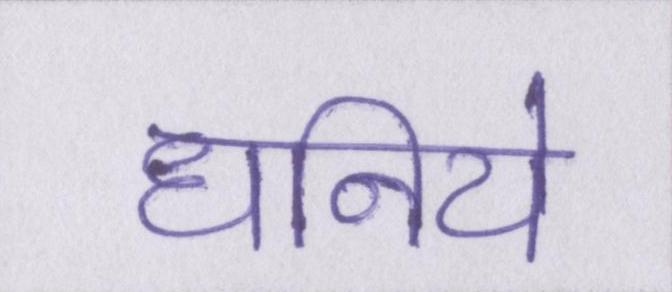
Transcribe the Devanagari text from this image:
धनिये